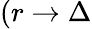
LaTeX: (r\rightarrow\Delta